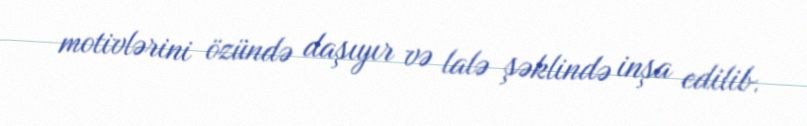
motivlərini özündə daşıyır və lalə şəklində inşa edilib.